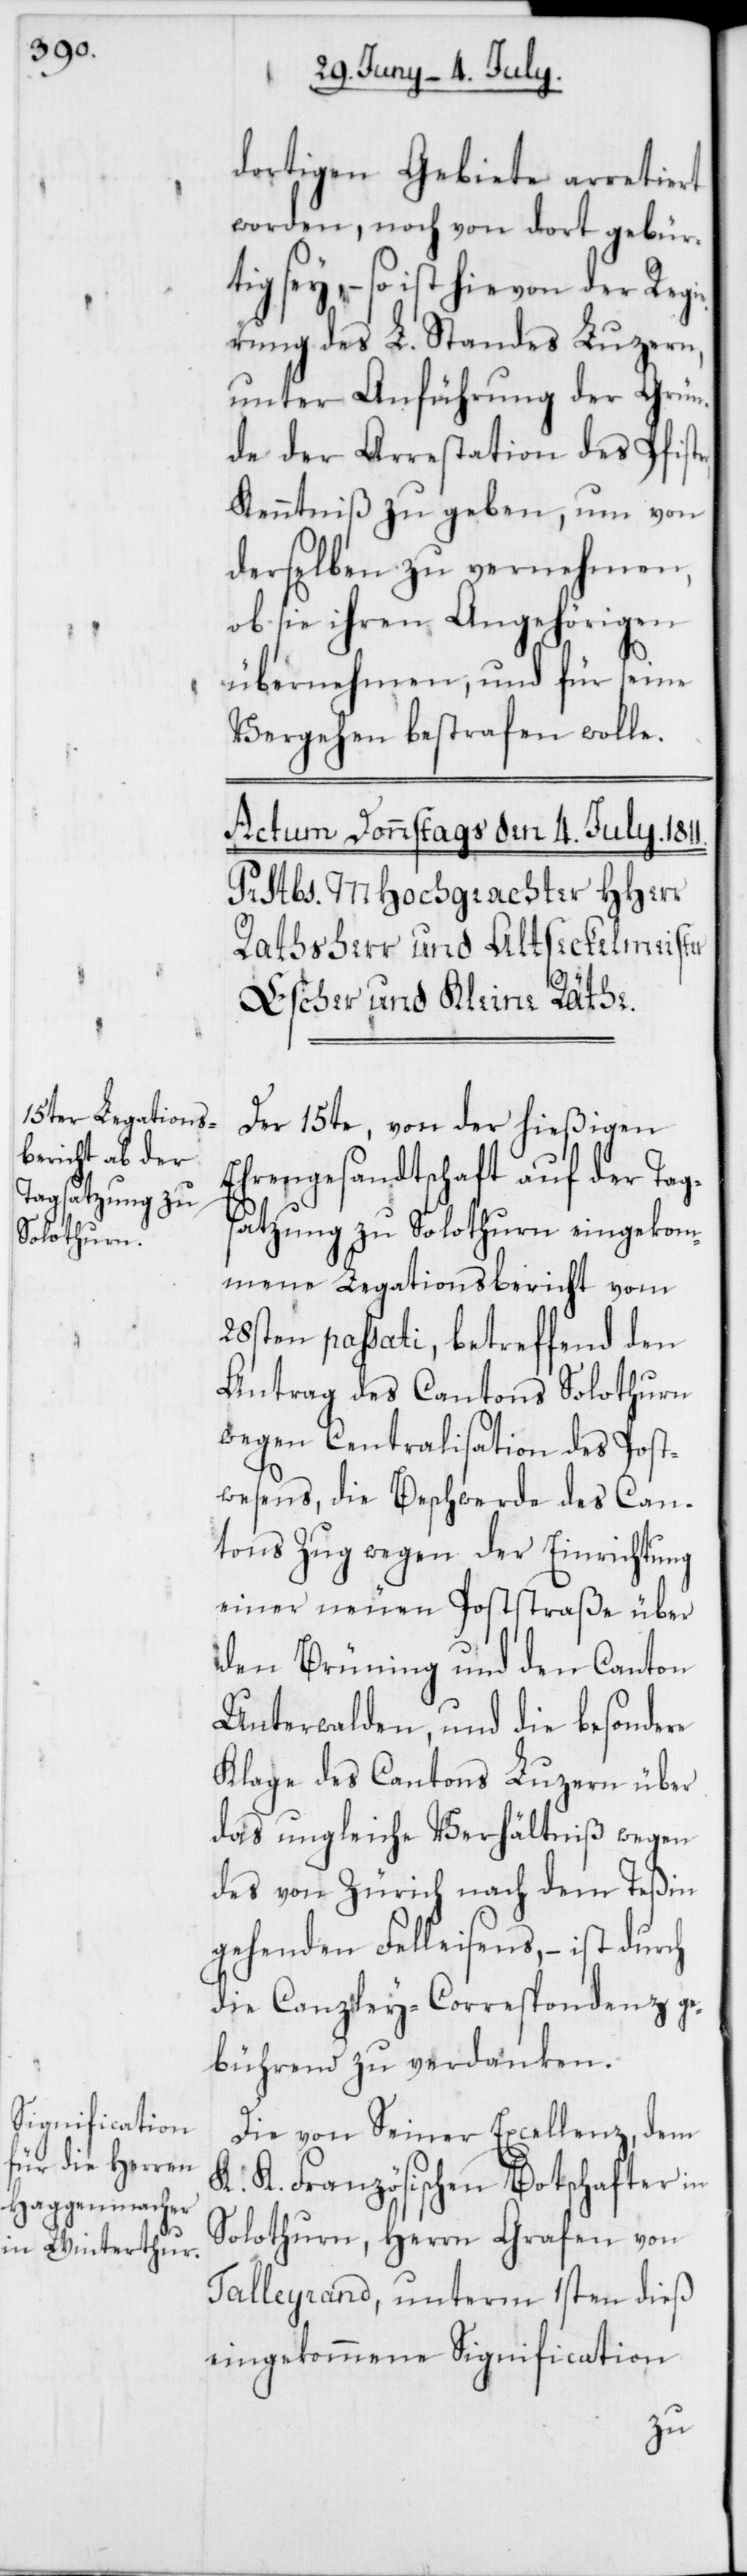
dortigen Gebiete arretiert
worden, noch von dort gebürt¬
ig sey, – so ist hievon der Regi¬
erung des L. Standes Luzern,
unter Anführung der Grün¬
de der Arrestation des Pfiste¬
Kenntniß zu geben, um von
derselben zu vernehmen,
ob sie ihren Angehörigen
übernehmen, und für seine
Vergehen bestrafen wolle.
Der 15te, von der hießigen
Ehrengesandtschaft auf der Tag¬
satzung zu Solothurn eingekom¬
mene Legationsbericht vom
28sten passati, betreffend den
Antrag des Cantons Solothurn
wegen Centralisation des Post¬
wesens, die Beschwerde des Can¬
tons Zug wegen der Einrichtung
einer neuen Poststraße über
den Brüning und den Canton
Unterwalden, und die besondere
Klage des Cantons Luzern über
das ungleiche Verhältniß wegen
des von Zürich nach dem Teßin
gehenden Felleisens, – ist durch
die Canzley-Correspondenz ge¬
bührend zu verdanken.
Die von Seiner Excellenz, dem
K. K. Französischen Botschafter in
Solothurn, Herrn Grafen von
Talleyrand, unterm 1sten dieß
eingekommene Signification
r,